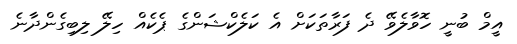
އީމް ބުނީ ހޮވާލެވޭ ދެ ފަރާތަކަށް އެ ކަލެކްޝަންގެ ޕެކެއް ހިލޭ ލިބިގެންދާނެ